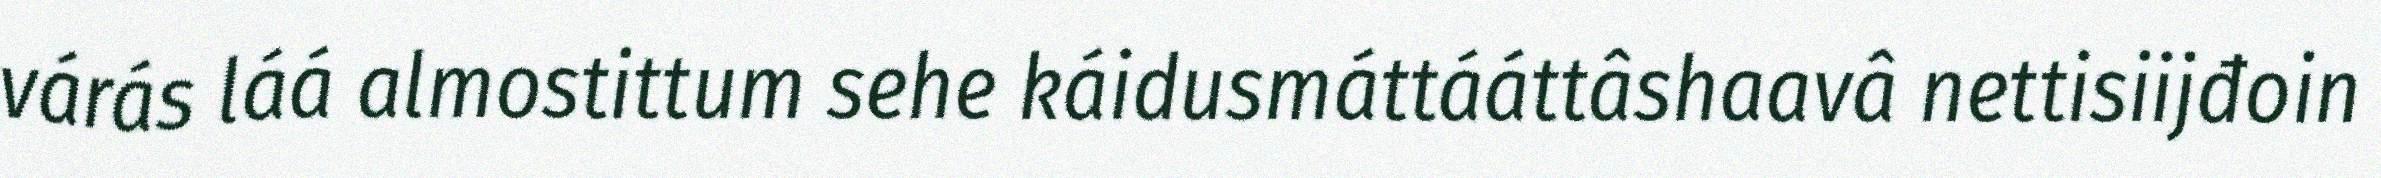
várás láá almostittum sehe káidusmáttááttâshaavâ nettisiijđoin